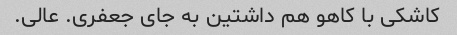
کاشکی با کاهو هم داشتین به جای جعفری. عالی.